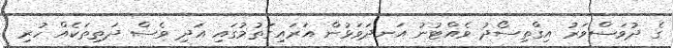
ގެ ދުވަސްވަރު އިގްތިސޯދު ވެއްޓުނު އަނދަވަޅުން އަރައިގަތުމުގައި އަދި ވެސް ދަތިތަކެއް ހުރި